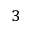
_ 3